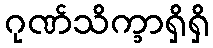
ဂုဏ်သိက္ခာရှိရှိ